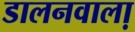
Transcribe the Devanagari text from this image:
डालनवाला़